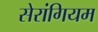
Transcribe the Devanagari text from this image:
सेरांगियम